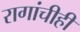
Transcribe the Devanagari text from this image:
रागांचीही